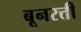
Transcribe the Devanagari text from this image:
बूनरत्ती